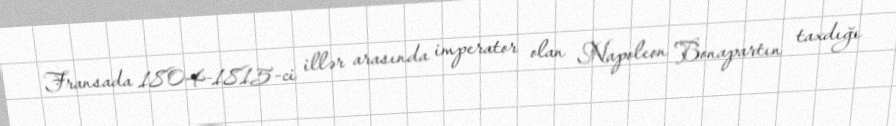
Fransada 1804-1815-ci illər arasında imperator olan Napoleon Bonapartın taxdığı